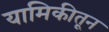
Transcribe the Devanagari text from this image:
यामिकीतून